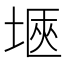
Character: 𭎻